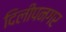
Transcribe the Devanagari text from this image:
दिलीपनगर